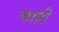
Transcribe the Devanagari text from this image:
चादी